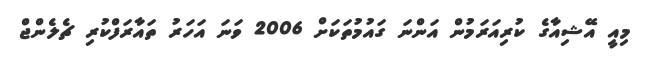
މިއީ އޭޝިއާގެ ކުރިއަރަމުން އަންނަ ގައުމުތަކަށް 2006 ވަނަ އަހަރު ތައާރަފްކުރި ޗެލެންޖް